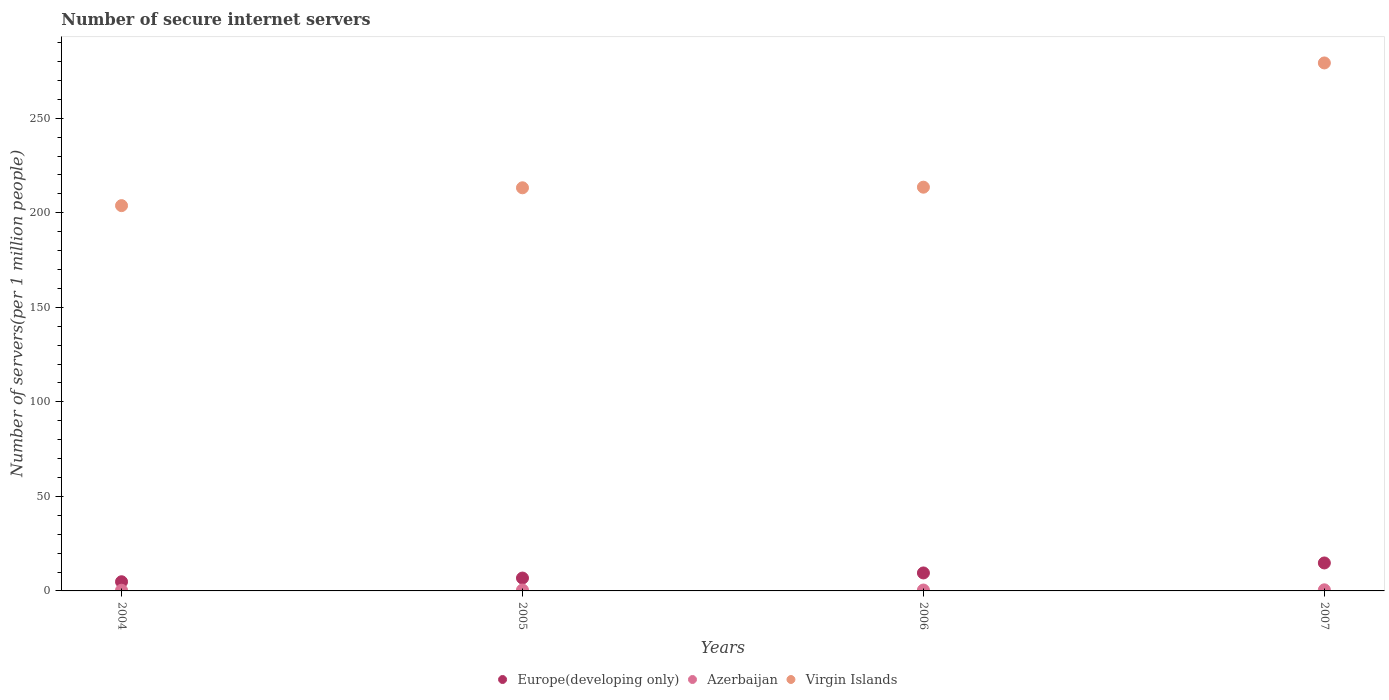
| Years | Europe(developing only) | Azerbaijan | Virgin Islands |
 | --- | --- | --- | --- |
 | 2004 | 4.85 | 0.361 | 204 |
 | 2005 | 6.8 | 0.477 | 213 |
 | 2006 | 9.51 | 0.471 | 214 |
 | 2007 | 14.8 | 0.583 | 279 |